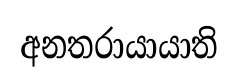
අනතරායායාති